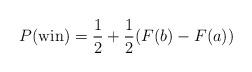
LaTeX: \begin{align*}P({\rm win})=\frac{1}{2}+\frac{1}{2}(F(b)-F(a))\end{align*}